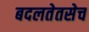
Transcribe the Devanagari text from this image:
बदलतेतसेच